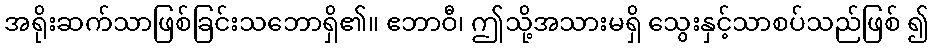
အရိုးဆက်သာဖြစ်ခြင်းသဘောရှိ၏။ ဧဘာဝီ၊ ဤသို့အသားမရှိ သွေးနှင့်သာစပ်သည်ဖြစ် ၍